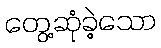
တွေ့ဆုံခဲ့သော